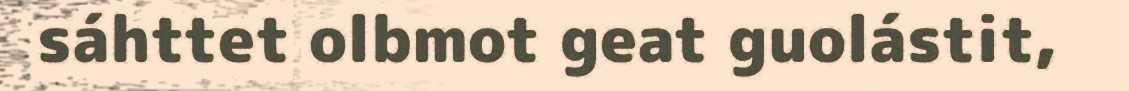
sáhttet olbmot geat guolástit,